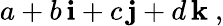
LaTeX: a+b\, \mathbf{i}+c\, \mathbf{j}+d\, \mathbf{k}\ ,